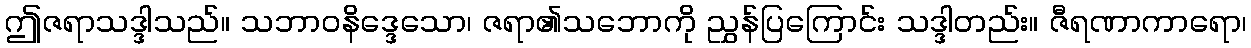
ဤဇရာသဒ္ဒါသည်။ သဘာဝနိဒ္ဒေသော၊ ဇရာ၏သဘောကို ညွှန်ပြကြောင်း သဒ္ဒါတည်း။ ဇီရဏာကာရော၊